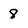
Character: 8